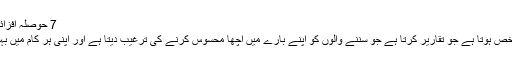
7 حوصلہ افزائی اسپیکر - ،000 90،000
ایک حوصلہ افزا اسپیکر وہ شخص ہوتا ہے جو تقاریر کرتا ہے جو سننے والوں کو اپنے بارے میں اچھا محسوس کرنے کی ترغیب دیتا ہے اور اپنی ہر کام میں بہتر بننے کی کوشش کرتا ہے۔